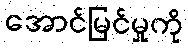
အောင်မြင်မှုကို